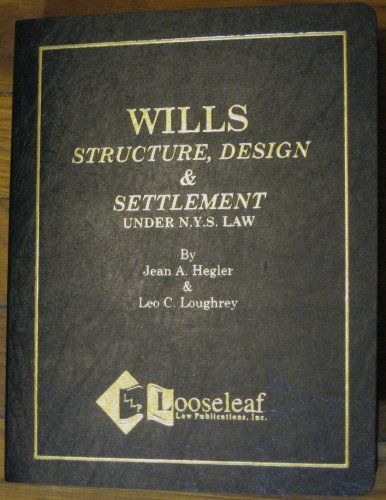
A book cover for Wills: Structure, Design and Settlement Under New York State Law; Jean Hegler; Law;